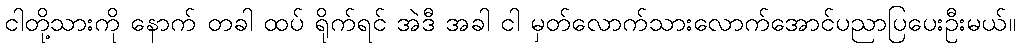
ငါတို့သားကို နောက် တခါ ထပ် ရိုက်ရင် အဲဒီ အခါ ငါ မှတ်လောက်သားလောက်အောင်ပညာပြပေးဦးမယ်။